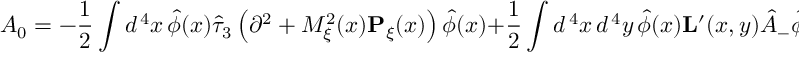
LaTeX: { \cal A } _ { 0 } = - \frac { 1 } { 2 } \int d ^ { \, 4 } x \, \hat { \phi } ( x ) \hat { \tau } _ { 3 } \left( \partial ^ { 2 } + { \cal M } _ { \xi } ^ { 2 } ( x ) { \bf P } _ { \xi } ( x ) \right) \hat { \phi } ( x ) + \frac { 1 } { 2 } \int d ^ { \, 4 } x \, d ^ { \, 4 } y \, \hat { \phi } ( x ) { \bf L } ^ { \prime } ( x , y ) \hat { A } _ { - } \hat { \phi } ( y ) \, .